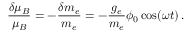
\frac { \delta \mu _ { B } } { \mu _ { B } } = - \frac { \delta m _ { e } } { m _ { e } } = - \frac { g _ { e } } { m _ { e } } \phi _ { 0 } \cos ( \omega t ) \, .